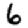
Digit: 6